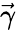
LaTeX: \vec{\gamma}